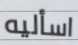
اسأليه